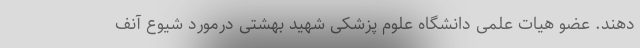
دهند. عضو هیات علمی دانشگاه علوم پزشکی شهید بهشتی درمورد شیوع آنف